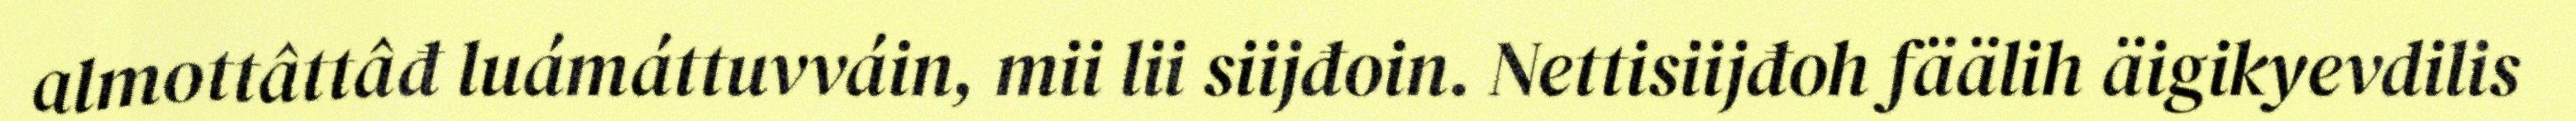
almottâttâđ luámáttuvváin, mii lii siijđoin. Nettisiijđoh fäälih äigikyevdilis